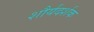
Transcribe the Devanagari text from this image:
शौर्यदर्शक